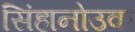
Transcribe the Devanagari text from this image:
सिंहानोउक